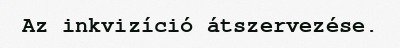
Az inkvizíció átszervezése.